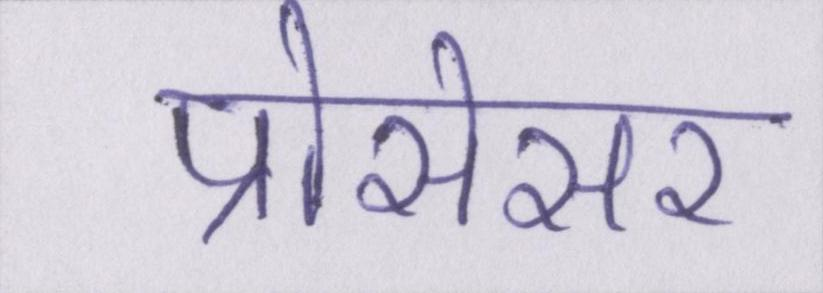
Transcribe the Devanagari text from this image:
प्रोसेसर